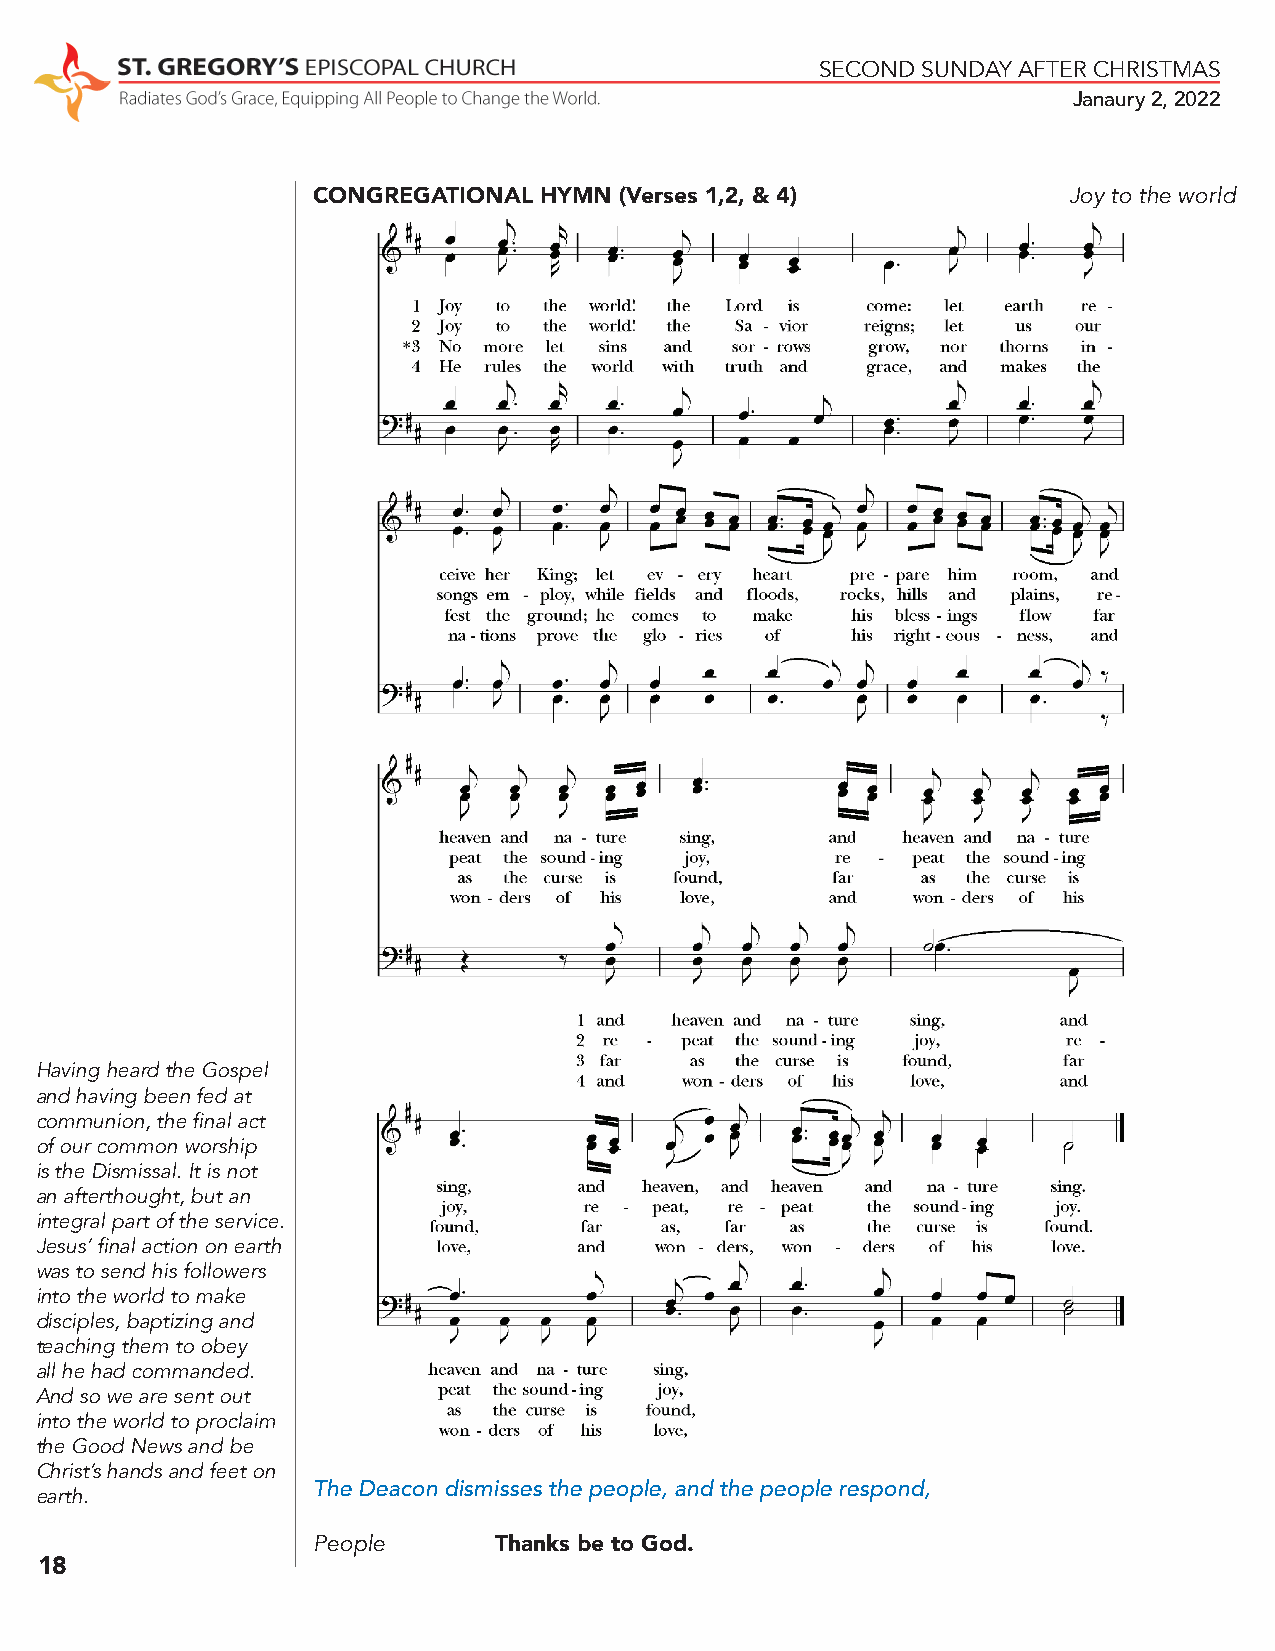
SECOND SUNDAY AFTER CHRISTMAS
 Janaury 2, 2022
 CONGREGATIONAL HYMN (Verses 1,2, & 4)             Joy to the world
 Having heard the Gospel
 and having been fed at
 communion, the final act
 of our common worship
 is the Dismissal. It is not
 an afterthought, but an
 integral part of the service.
 Jesus’ final action on earth
 was to send his followers
 into the world to make
 disciples, baptizing and
 teaching them to obey
 all he had commanded.
 And so we are sent out
 into the world to proclaim
 the Good News and be
 Christ’s hands and feet on
 The Deacon dismisses the people, and the people respond,
 earth.
 People      Thanks be to God.
 18